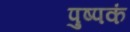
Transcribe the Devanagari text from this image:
पुष्‍पकं